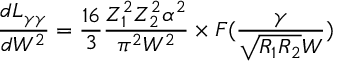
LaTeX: { \frac { d L _ { \gamma \gamma } } { d W ^ { 2 } } } = { \frac { 1 6 } { 3 } } { \frac { Z _ { 1 } ^ { 2 } Z _ { 2 } ^ { 2 } \alpha ^ { 2 } } { \pi ^ { 2 } W ^ { 2 } } } \times \cal { F } ( { \frac { \gamma } { \sqrt { R _ { 1 } R _ { 2 } } W } } )